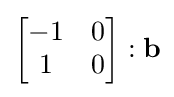
{\begin{bmatrix}-1&0\\1&0\end{bmatrix}}:\mathbf {b}